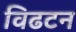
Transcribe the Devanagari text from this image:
विढटन